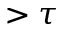
> \tau